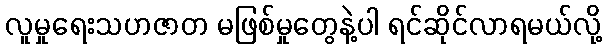
လူမှုရေးသဟဇာတ မဖြစ်မှုတွေနဲ့ပါ ရင်ဆိုင်လာရမယ်လို့